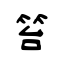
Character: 笞